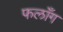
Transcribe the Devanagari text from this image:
फलाँग